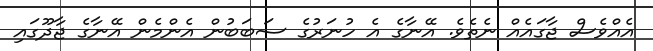
އެއްވެސް ޖާގައެއް ނެތެވެ. އޭނާގެ އެ ހުނަރުގެ ސަބަބުން އެންމެން އޭނާގެ ޖާދޫގައި